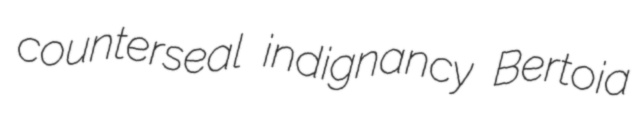
counterseal indignancy Bertoia